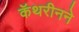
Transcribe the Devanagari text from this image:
कॅथरीनने